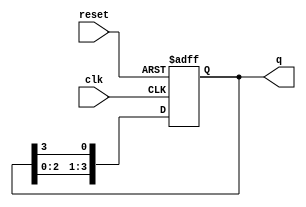
module ring_counter #(
    parameter N = 4  // Number of flip-flops (states)
)(
    input wire clk,       // Clock signal
    input wire reset,     // Asynchronous reset signal
    output reg [N-1:0] q  // Output state of the ring counter
);

// Asynchronous reset and clock edge detection
always @(posedge clk or posedge reset) begin
    if (reset) begin
        // Initialize the counter to the first state
        q <= 1'b1; // Set the first flip-flop to '1' and others to '0'
    end else begin
        // Shift the '1' through the ring
        q <= {q[N-2:0], q[N-1]}; // Rotate the '1' to the next flip-flop
    end
end

endmodule